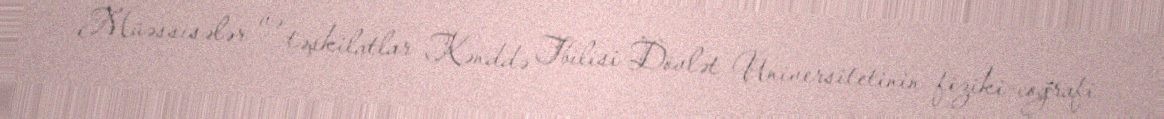
Müəssisələr və təşkilatlar Kənddə Tbilisi Dövlət Universitetinin fiziki-coğrafi